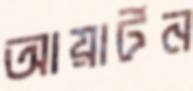
আয়ার্টন